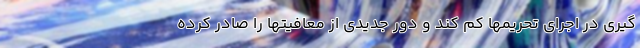
گیری در اجرای تحریمها کم کند و دور جدیدی از معافیتها را صادر کرده